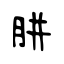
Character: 胼